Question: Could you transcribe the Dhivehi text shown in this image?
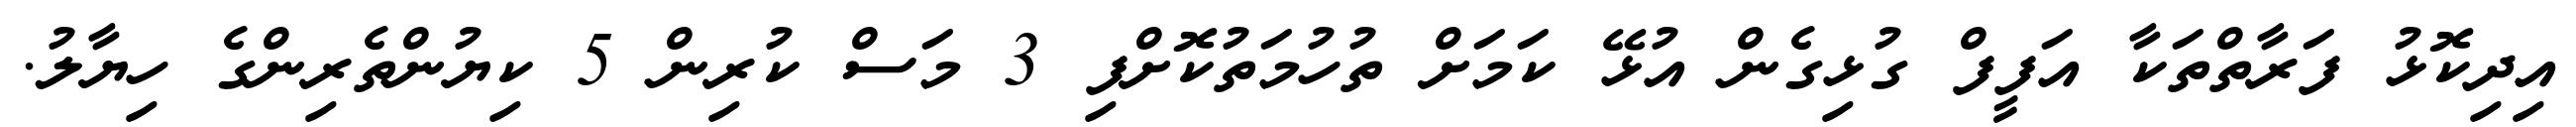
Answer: އިދިކޮޅު ފަރާތްތަކާ އަފީފް ގުޅިގެން އުޅޭ ކަމަށް ތުހުމަތުކޮށްފި 3 މަސް ކުރިން 5 ކިޔުންތެރިންގެ ހިޔާލު.